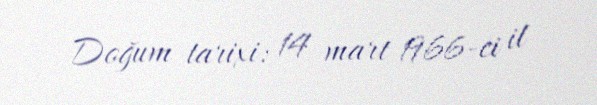
Doğum tarixi: 14 mart 1966-ci il